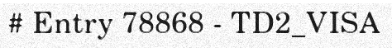
# Entry 78868 - TD2_VISA